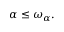
\alpha \leq \omega _ { \alpha } .